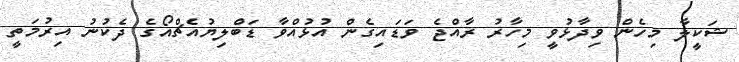
ޝަކީލާ މިހެން ވިދާޅުވީ މިހާރު ރާއްޖެ ވަޑައިގެން އުޅުއްވާ ޑަބްލިޔުއެޗްއޯގެ ދެކުނު އިރުމަތީ